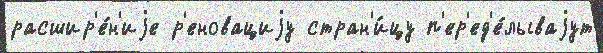
расшир'е́н'иjе р'еновациjу стран'и́цу п'ер'ед'е́лываjут